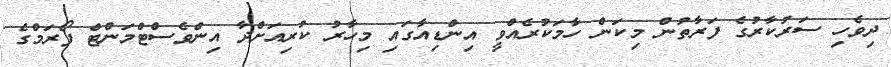
ދިވެހި ސަރުކާރުގެ ފަރާތުން މިކަން ހާމަކުރެއްވީ އިންޑިއާގައި މިހާރު ކުރިއަށްދާ އިންވެސްޓްމަންޓް ފޯރަމްގެ